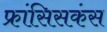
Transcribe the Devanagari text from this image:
फ्रांसिसकंस